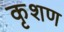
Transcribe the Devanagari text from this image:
कृशण